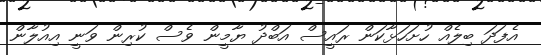
އެފަދަ ބިލެއް ހުށަހަޅާކަން ރައީސް އަބްދު ޔާމީން ވެސް ކުރިން ވަނީ އިއުލާން